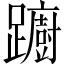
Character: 躕